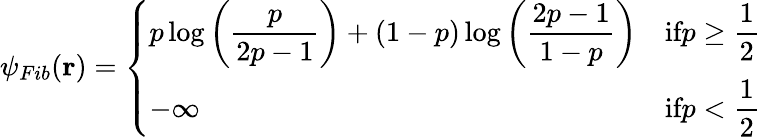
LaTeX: \begin{array}{r}{\psi_{Fib}(\mathbf{r})=\left\{ \begin{array}{lr}{p\log\displaystyle\left(\frac{p}{2p-1}\right)+(1-p)\log\displaystyle\left(\frac{2p-1}{1-p}\right)}&{\textnormal{if}p\geq\displaystyle\frac{1}{2}}\\ {-\infty}&{\textnormal{if}p<\displaystyle\frac{1}{2}}\end{array}\right.}\end{array}